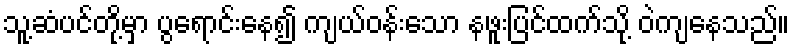
သူ့ဆံပင်တို့မှာ ပွရောင်းနေ၍ ကျယ်ဝန်းသော နဖူးပြင်ထက်သို့ ဝဲကျနေသည်။